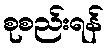
စုစည်းရန်